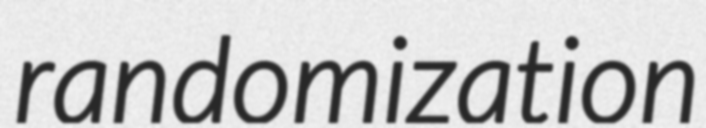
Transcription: randomization